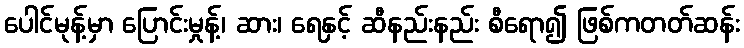
ပေါင်မုန့်မှာ ပြောင်းမှုန့်၊ ဆား၊ ရေနှင့် ဆီနည်းနည်း စီရော၍ ဖြစ်ကတတ်ဆန်း